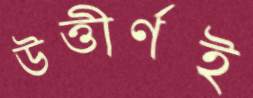
উত্তীর্ণই